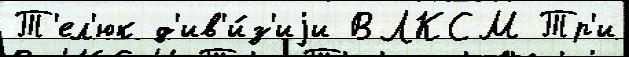
Т'ел'юк д'ив'и́з'иjи ВЛКСМ Тр'и